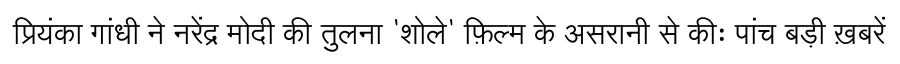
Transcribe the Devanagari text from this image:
प्रियंका गांधी ने नरेंद्र मोदी की तुलना 'शोले' फ़िल्म के असरानी से कीः पांच बड़ी ख़बरें